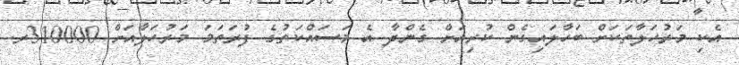
އެކި މަރުހަލާތަކަށް ބަހާލައިގެން ކުރިއަށް ގެންދާ އެ މަސައްކަތުގެ ފުރަތަމަ މަރުހަލާއަށް 310000ރ.